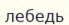
лебедь